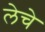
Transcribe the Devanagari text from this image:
लेचे